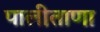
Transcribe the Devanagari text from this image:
पालीताणा